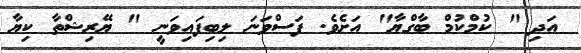
އަދި " ކުމްކުމް ބާގްޔާ" އަށެވެ. ފަސްވަނަ ލިބިފައިވަނީ " ޔޭރިޝްތާ ކިޔާ